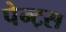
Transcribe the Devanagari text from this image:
पेन्ट्स